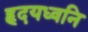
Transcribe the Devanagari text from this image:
हृदयध्वनि